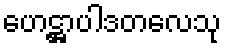
ဟေဋ္ဌာပါဒတလေသု